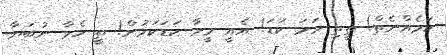
ކަމެއްނެތް! ތީތި ހަމަ ކަޑަ! އެއީ މީހާ ކަޑަކަމުން! ތީ ހެވާ ނުބަޔާ